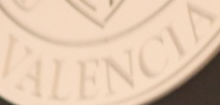
VALENCIA